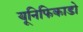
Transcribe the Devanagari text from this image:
यूनिफिकाडो